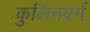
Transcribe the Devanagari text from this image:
कुलिनवर्ग